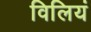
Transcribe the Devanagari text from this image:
विलियं